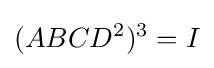
(ABCD^{2})^{3}=I